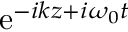
\mathrm { e } ^ { - i k z + i \omega _ { 0 } t }